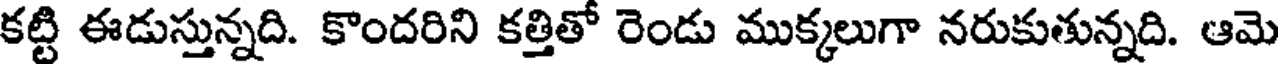
కట్టి ఈడుస్తున్నది. కొందరిని కత్తితో రెండు ముక్కలుగా నరుకుతున్నది. ఆమె